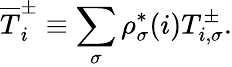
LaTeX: \overline{T}_{i}^{\pm}\equiv\sum_{\sigma}\rho_{\sigma}^{*}(i)T_{i,\sigma}^{\pm}.